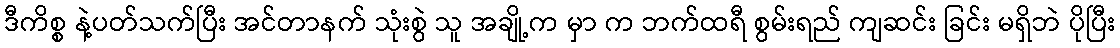
ဒီကိစ္စ နဲ့ပတ်သက်ပြီး အင်တာနက် သုံးစွဲ သူ အချို့က မှာ က ဘက်ထရီ စွမ်းရည် ကျဆင်း ခြင်း မရှိဘဲ ပိုပြီး